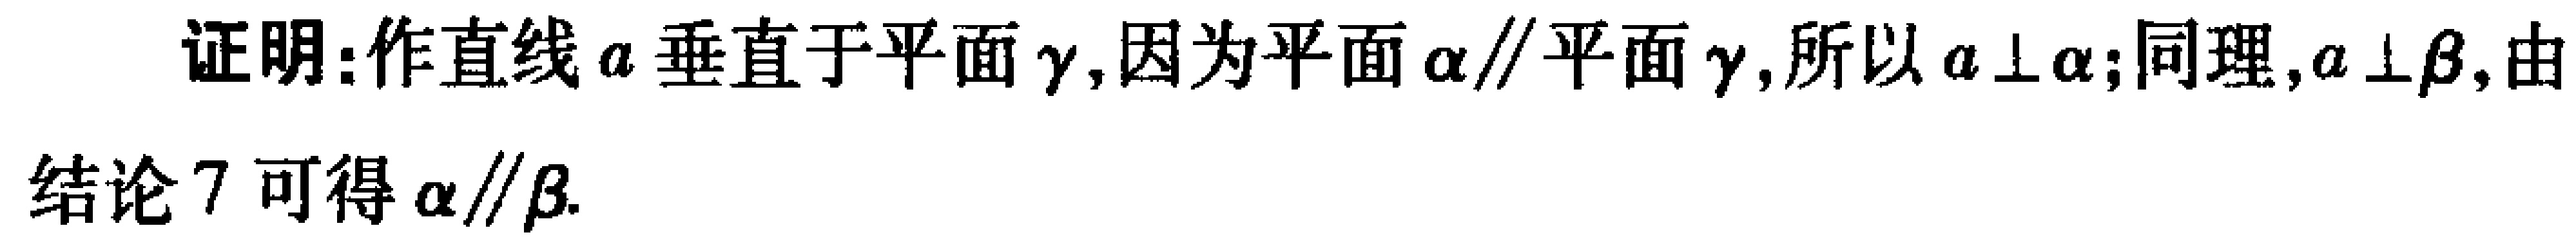
证明：作直线\(a\)垂直于平面\(\gamma\)，因为平面\(\alpha\parallel\)平面\(\gamma\)，所以\(a\perp\alpha\)；同理，\(a\perp\beta\)，由
结论 7 可得\(\alpha\parallel\beta\).